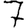
Digit: 7